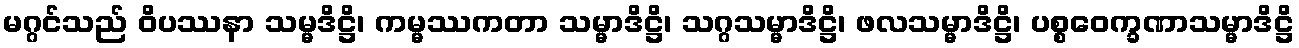
မဂ္ဂင်သည် ဝိပဿနာ သမ္မဒိဋ္ဌိ၊ ကမ္မဿကတာ သမ္မာဒိဋ္ဌိ၊ သဂ္ဂသမ္မာဒိဋ္ဌိ၊ ဖလသမ္မာဒိဋ္ဌိ၊ ပစ္စဝေက္ခဏာသမ္မာဒိဋ္ဌိ